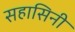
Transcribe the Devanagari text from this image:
सहासिनी